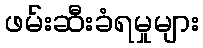
ဖမ်းဆီးခံရမှုများ